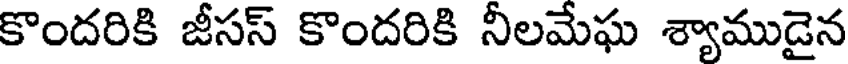
కొందరికి జీసస్ కొందరికి నీలమేఘ శ్యాముడైన